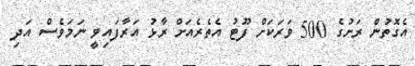
އެގޮތުން ރަށުގެ 500 ވަރަކަށް ފޫޓު އެތެރެއަށް ރާޅު އަރާފައިވީ ނަމަވެސް އަދި